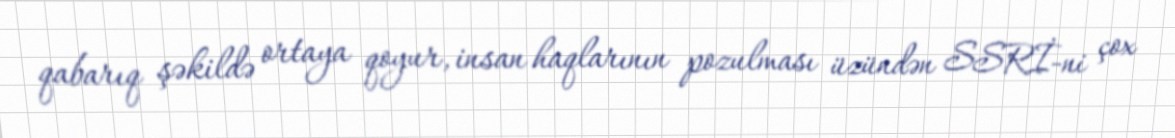
qabarıq şəkildə ortaya qoyur, insan haqlarının pozulması üzündən SSRİ-ni çox